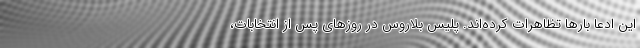
این ادعا بارها تظاهرات کرده‌اند. پلیس بلاروس در روزهای پس از انتخابات،